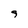
Character: 9